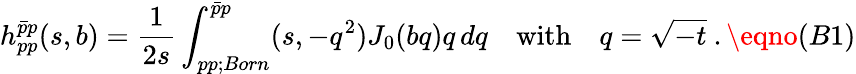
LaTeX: h_{pp}^{\bar{p}p}(s,b)={\frac{1}{2s}}\int_{pp;Born}^{\bar{p}p}(s,-q^{2})J_{0}(bq)q\, dq\quad\mathrm{with}\quad q=\sqrt{-t}\ .\eqno(B1)